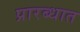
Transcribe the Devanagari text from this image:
प्रारब्धात